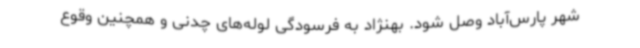
شهر پارس‌آباد وصل شود. بهنژاد به فرسودگی لوله‌های چدنی و همچنین وقوع